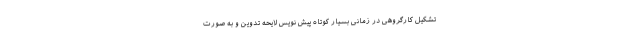
تشکیل کارگروهی در زمانی بسیار کوتاه پیش نویس لایحه تدوین و به صورت